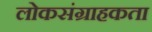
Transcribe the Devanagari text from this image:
लोकसंग्राहकता